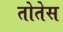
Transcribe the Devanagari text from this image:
तोतेस